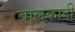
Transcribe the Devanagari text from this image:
बालकाटी